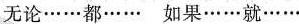
无论……都…… 如果……就……